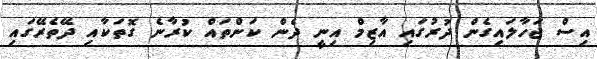
އިސް ޖަހާލައިގެން ދުރުގައި އާޒިމް އިނީ ދެން ކަންތައް ކުރާނެ ގޮތަކާއި ދޭތެރޭގައި